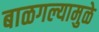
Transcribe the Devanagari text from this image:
बाळगल्यामुळे